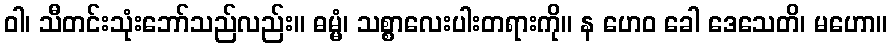
ဝါ၊ သီတင်းသုံးဘော်သည်လည်း။ ဓမ္မံ၊ သစ္စာလေးပါးတရားကို။ န ဟေဝ ခေါ ဒေသေတိ၊ မဟော။